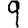
Digit: 9